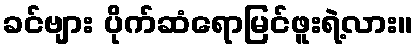
ခင်ဗျား ပိုက်ဆံရောမြင်ဖူးရဲ့လား။